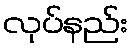
လုပ်နည်း